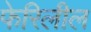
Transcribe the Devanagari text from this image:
फेरिलील